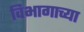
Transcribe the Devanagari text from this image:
विभागाच्‍या